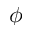
\phi